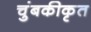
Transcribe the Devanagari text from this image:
चुंबकीकृत